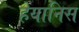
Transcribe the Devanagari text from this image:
हेयानिस